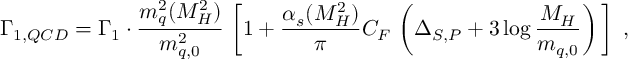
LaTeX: \Gamma _ { 1 , Q C D } = \Gamma _ { 1 } \cdot \frac { m _ { q } ^ { 2 } ( M _ { H } ^ { 2 } ) } { m _ { q , 0 } ^ { 2 } } \, \left[ 1 + \frac { \alpha _ { s } ( M _ { H } ^ { 2 } ) } { \pi } C _ { F } \, \left( \Delta _ { S , P } + 3 \log \frac { M _ { H } } { m _ { q , 0 } } \right) \, \right] \ ,